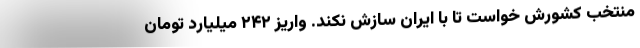
منتخب کشورش خواست تا با ایران سازش نکند. واریز ۲۴۲ میلیارد تومان